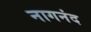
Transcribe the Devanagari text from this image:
नागनंद